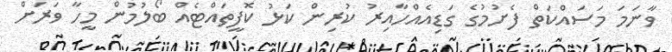
ވާނަމަ މަސައްކަތް ފެށުމުގެ ގަޑިއެއްހާއިރު ކުރިން ކަޅު ކޮފީތައްޓެއް ބޯލުމުން މީހާ ވަރަށް